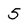
Character: 5